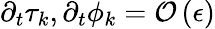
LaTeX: \partial_{t}\tau_{k},\partial_{t}\phi_{k}={\cal O}\left(\epsilon\right)